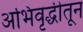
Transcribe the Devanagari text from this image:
अभिवृद्धीतून